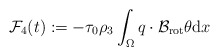
\begin{align*}\mathcal{F}_{4}(t) := -\tau_{0} \rho_{3} \int_{\Omega} q \cdot \mathcal{B}_{\mathrm{rot}} \theta \mathrm{d} x \end{align*}